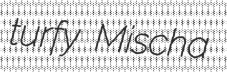
turfy Mischa